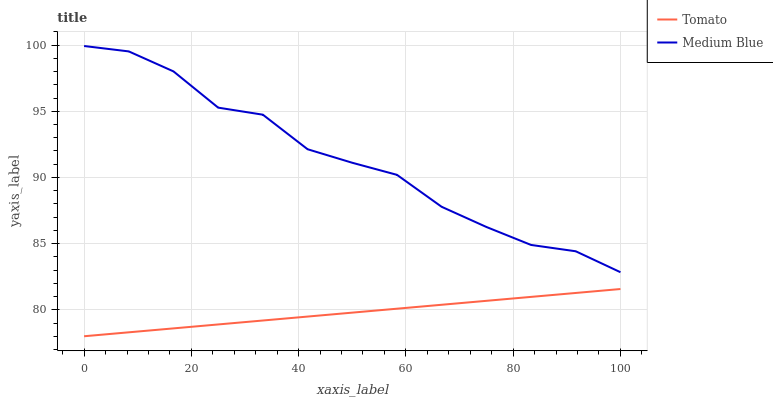
| xaxis_label | Tomato | Medium Blue |
 | --- | --- | --- |
 | 0 | 78 | 99.9 |
 | 8.33 | 78.3 | 99.5 |
 | 16.7 | 78.6 | 98 |
 | 25 | 78.9 | 95.3 |
 | 33.3 | 79.2 | 94.7 |
 | 41.7 | 79.5 | 92.1 |
 | 50 | 79.8 | 91.1 |
 | 58.3 | 80.1 | 90.2 |
 | 66.7 | 80.4 | 87.8 |
 | 75 | 80.7 | 86.3 |
 | 83.3 | 81 | 84.9 |
 | 91.7 | 81.3 | 84.4 |
 | 100 | 81.6 | 82.8 |